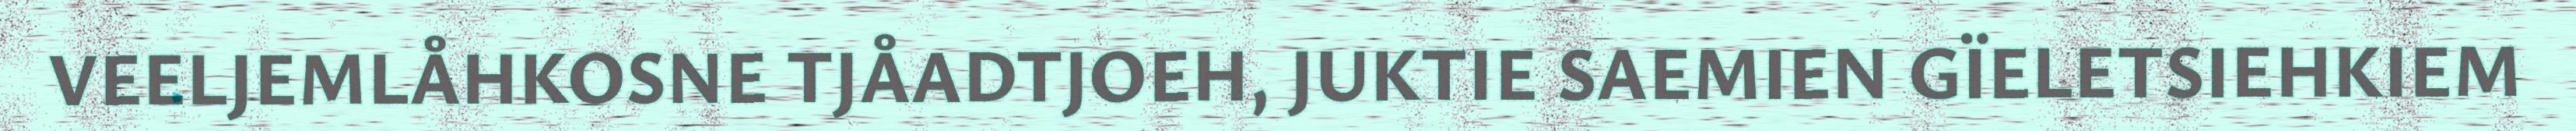
VEELJEMLÅHKOSNE TJÅADTJOEH, JUKTIE SAEMIEN GÏELETSIEHKIEM